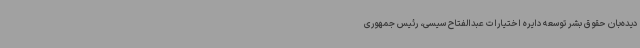
دیده‌بان حقوق بشر توسعه دایره اختیارات عبدالفتاح سیسی، رئیس جمهوری